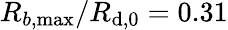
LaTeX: R_{b,\operatorname*{max}}/R_{\mathrm{d},0}=0.31